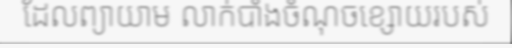
ដែលព្យាយាម លាក់បាំងចំណុចខ្សោយរបស់